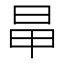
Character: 𣅼